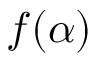
f ( \alpha )